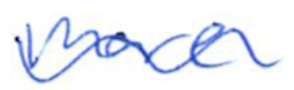
Text: mare
Cross-out: wave
Writing tool: ballpoint